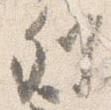
列